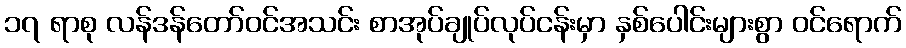
၁၇ ရာစု လန်ဒန်တော်ဝင်အသင်း စာအုပ်ချုပ်လုပ်ငန်းမှာ နှစ်ပေါင်းများစွာ ဝင်ရောက်